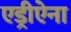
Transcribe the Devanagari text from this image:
एड्रीऐना